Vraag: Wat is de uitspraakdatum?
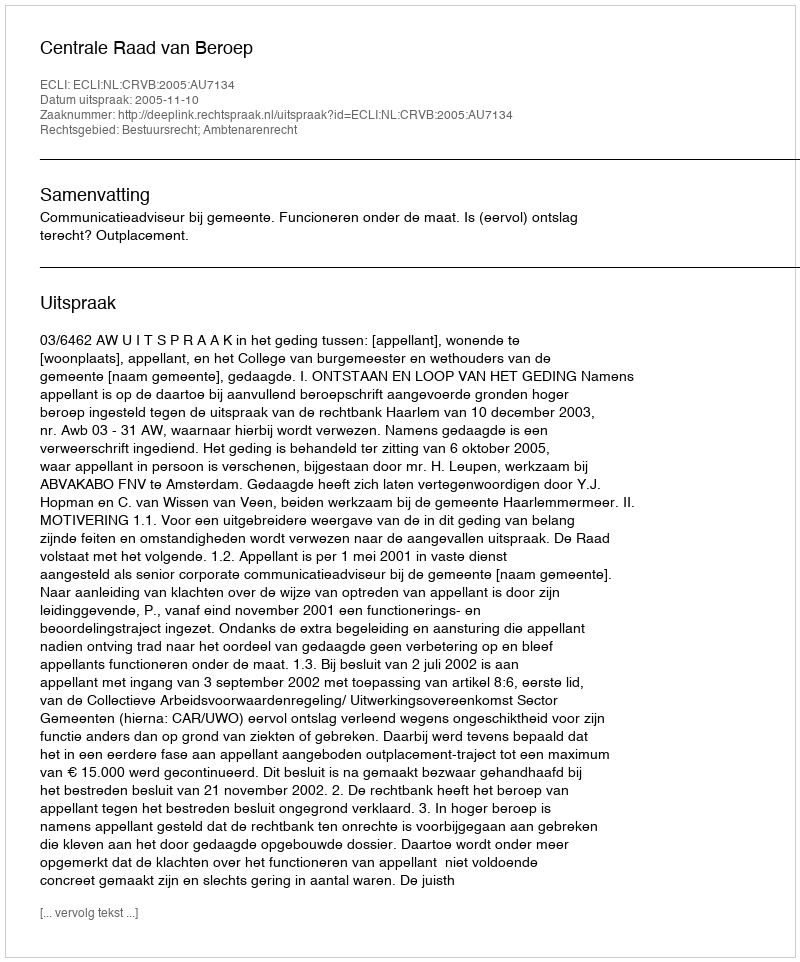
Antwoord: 2005-11-10